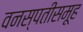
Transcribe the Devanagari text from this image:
वनस्पतीसमूह